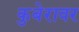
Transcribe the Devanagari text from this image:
कुबेरावर